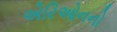
એરિઓનનો